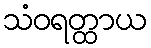
သံဝရတ္ထာယ